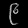
Digit: ၉